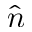
\hat { n }